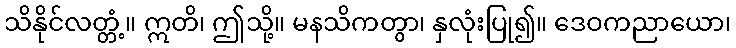
သိနိုင်လတ္တံ့။ ဣတိ၊ ဤသို့။ မနသိကတွာ၊ နှလုံးပြု၍။ ဒေဝကညာယော၊